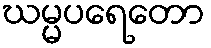
ဃမ္မပရေတော